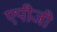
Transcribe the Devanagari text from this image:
एपीजी